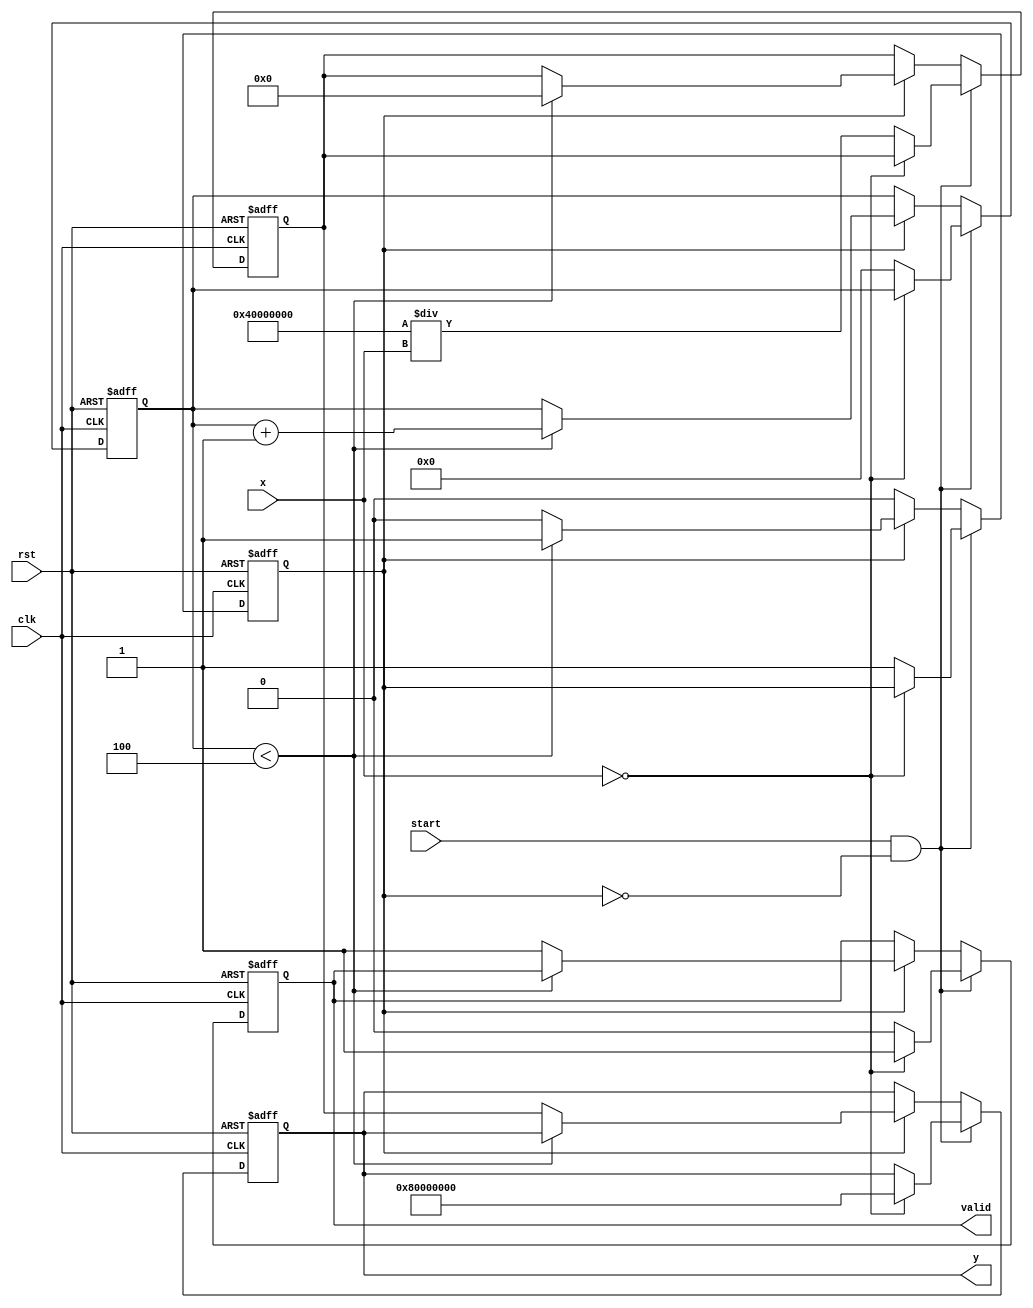
module binary_fractional_reciprocal #(
    parameter N = 16,  // Input width
    parameter M = 32   // Output width (should be greater than N)
)(
    input wire clk,
    input wire rst,
    input wire [N-1:0] x, // Input fixed-point number (0 to 1)
    input wire start,      // Start signal for computation
    output reg [M-1:0] y,  // Output fixed-point reciprocal
    output reg valid       // Output valid signal
);

    // Internal registers
    reg [M-1:0] approx;    // Current approximation of the reciprocal
    reg [3:0] iteration;    // Iteration counter
    reg computing;          // Flag to indicate computation in progress

    // Constants
    localparam MAX_ITER = 4; // Maximum iterations for Newton-Raphson

    // State machine for computation
    always @(posedge clk or posedge rst) begin
        if (rst) begin
            y <= 0;
            valid <= 0;
            approx <= 0;
            iteration <= 0;
            computing <= 0;
        end else begin
            if (start && !computing) begin
                // Handle zero input case
                if (x == 0) begin
                    y <= {1'b1, {M-1{1'b0}}}; // Return a large value (1.0 in fixed-point)
                    valid <= 1;
                end else begin
                    // Initialize approximation (1/x)
                    approx <= {1'b1, {M-2{1'b0}}} / x; // Initial guess (1.0)
                    iteration <= 0;
                    computing <= 1;
                    valid <= 0;
                end
            end else if (computing) begin
                if (iteration < MAX_ITER) begin
                    // Newton-Raphson iteration: approx = approx * (2 - x * approx)
                    approx <= approx * (2**M - x * approx) >> M; // Shift right to maintain precision
                    iteration <= iteration + 1;
                end else begin
                    // Finished computation
                    y <= approx;
                    valid <= 1;
                    computing <= 0;
                end
            end
        end
    end

endmodule